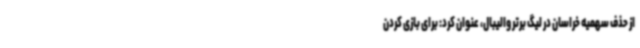
از حذف سهمیه خراسان در لیگ برتر والیبال، عنوان کرد: برای بازی کردن